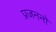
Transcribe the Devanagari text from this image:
प्रजननो